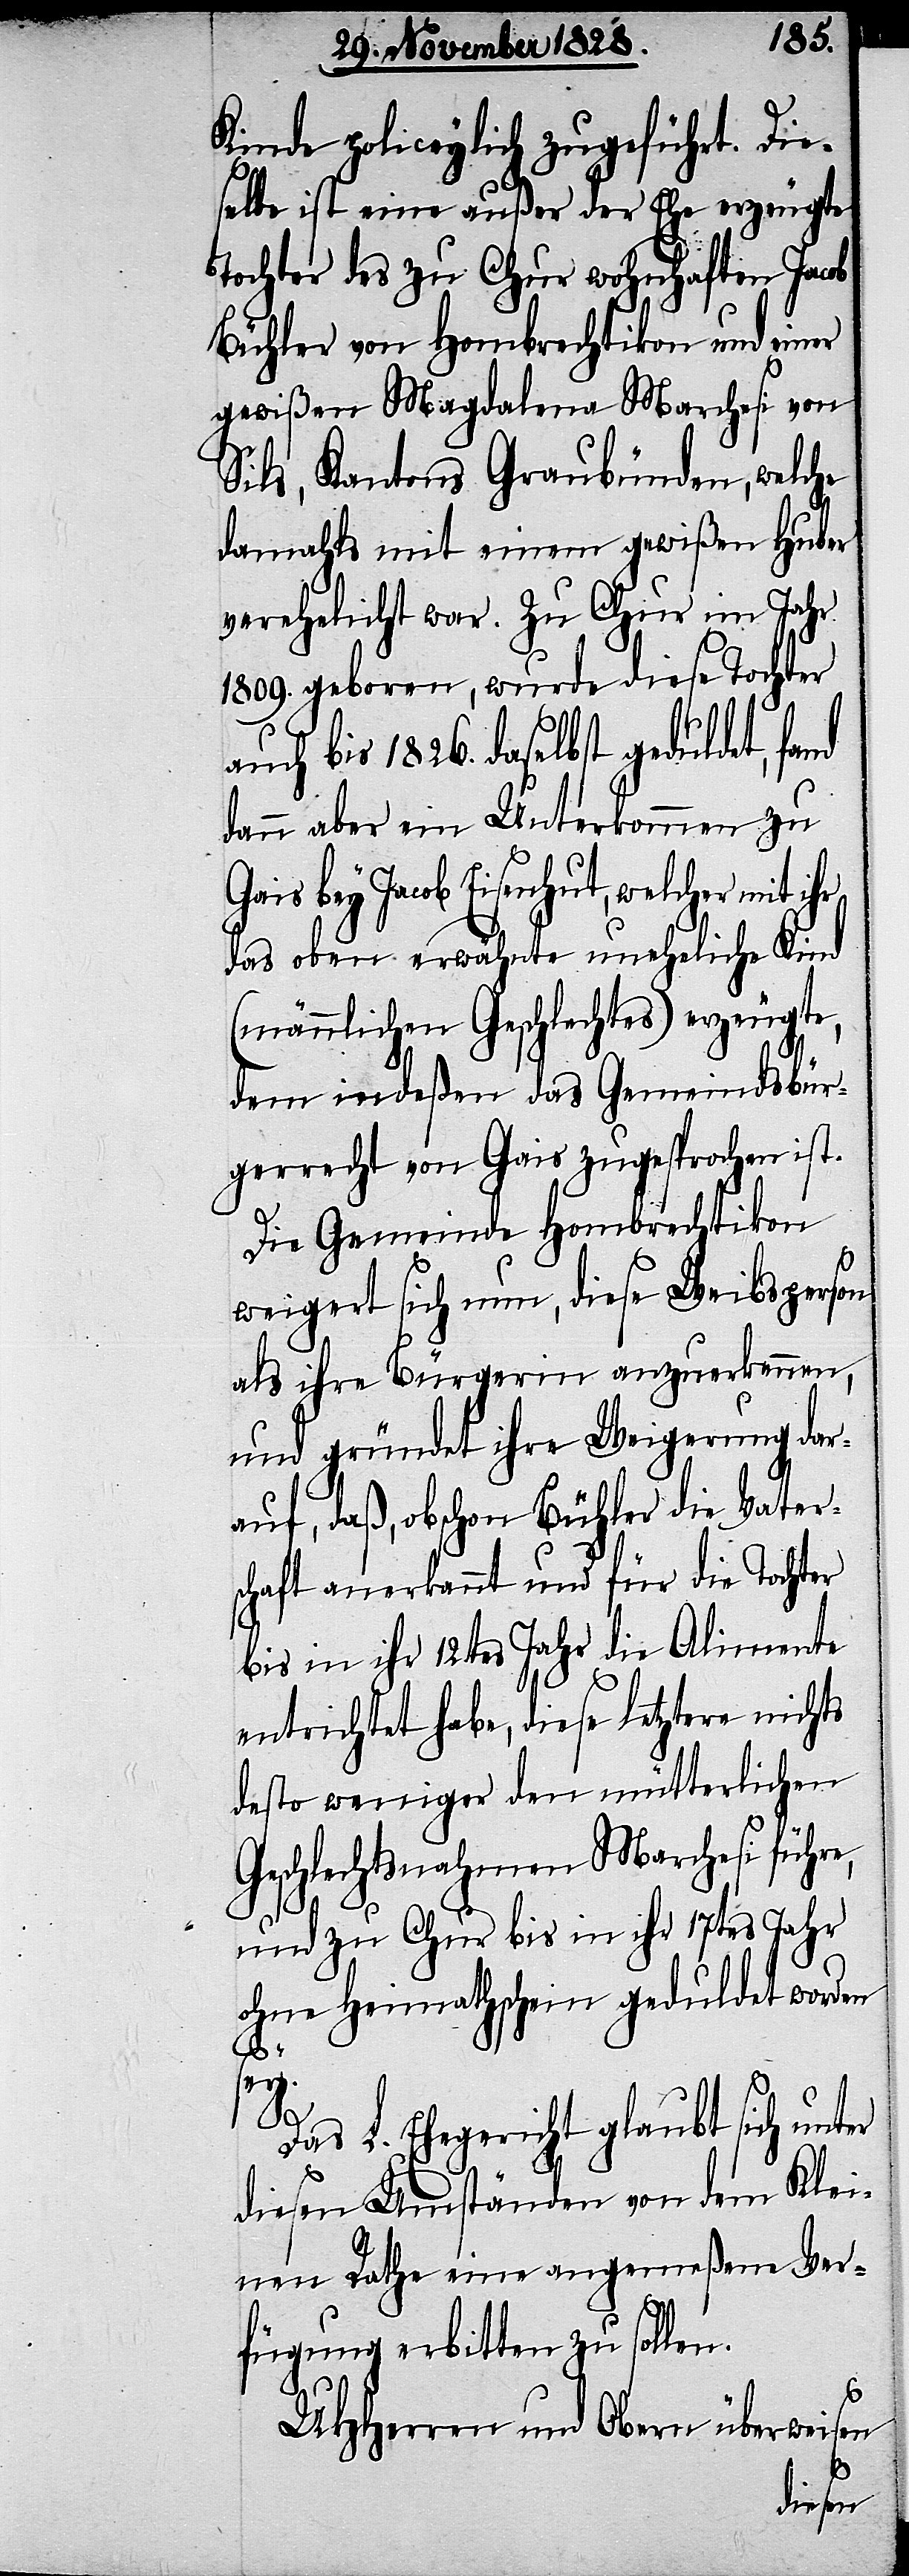
Kinde policeylich zugeführt. Die¬
selbe ist eine außer der Ehe erzeugte
Tochter des zu Chur wohnhaften Jacob
Bühler von Hombrechtikon und einer
gewißen Magdalena Marchesi von
Sils, Kantons Graubünden, welche
damahls mit einem gewißen Huber
verehelicht war. Zu Chur im Jahr
1809. geboren, wurde diese Tochter
auch bis 1826. daselbst geduldet, fa¬
dann aber ein Unterkommen zu
Gais bey Jacob Eisenhut, welcher mit ihr
das oben erwähnte uneheliche Kind
(männlichen Geschlechts) erzeugte,
dem indeßen das Gemeindsbür¬
gerrecht von Gais zugesprochen ist.
Die Gemeinde Hombrechtikon
nd
weigert sich nun, diese Weibsperson
als ihre Bürgerin anzuerkennen,
und gründet ihre Weigerung dar¬
auf, daß, obschon Bühler die Vater¬
schaft anerkannt und für die Tochter
bis in ihr 12tes Jahr die Alimente
entrichtet habe, diese letztere nichts
desto weniger den mütterlichen
Geschlechtsnahmen Marchesi führe,
und zu Chur bis in ihr 17tes Jahr
ohne Heimathschein geduldet worden
sey.
Das L. Ehegericht glaubt sich unter
diesen Umständen von dem Klei¬
nen Rathe eine angemeßene Ver¬
fügung erbitten zu sollen.
UHHerren und Obern überweisen